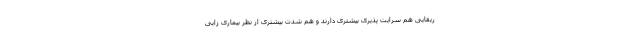
ریقایی هم سرایت پذیری بیشتری دارند و هم شدت بیشتری از نظر بیماری زایی